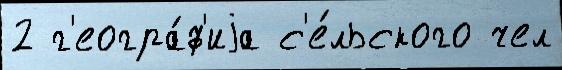
2 г'еогра́ф'иjа с'е́льского чел